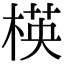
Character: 楧